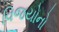
વિજયોનો